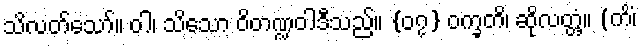
သိလတ်သော်။ ဝါ၊ သိသော ဝိတဏ္ဍဝါဒီသည်။ {၀၇} ဝက္ခတိ၊ ဆိုလတ္တံ့။ (ကိံ၊